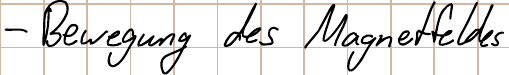
- Bewegung des Magnetfeldes